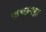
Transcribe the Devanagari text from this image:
कच्छपहा